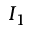
I _ { 1 }